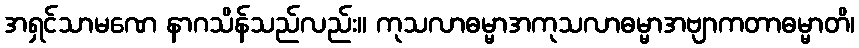
အရှင်သာမဏေ နာဂသိန်သည်လည်း။ ကုသလာဓမ္မာအကုသလာဓမ္မာအဗျာကတာဓမ္မာတိ၊